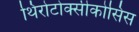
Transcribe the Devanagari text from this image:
थिरोटोक्सीकोसिस